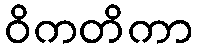
ဝိကတိကာ